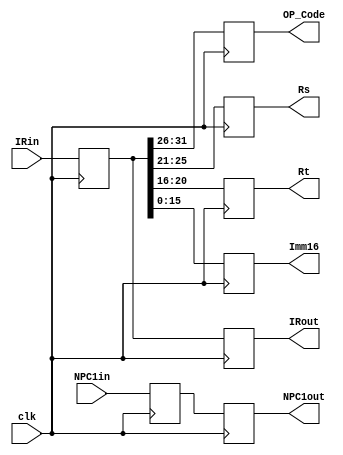
`timescale 1ns/1ps
module FIID (
    input clk,
    input [31:0] NPC1in,
    input [31:0] IRin,
    output reg [31:0] IRout,
    output reg [31:0] NPC1out,
    output reg [5:0] OP_Code,
    output reg [4:0] Rs,
    output reg [4:0] Rt,
    // output reg [4:0] Rd,
    // output reg [4:0] Shamt,
    // output reg [5:0] Func,
    output reg [15:0] Imm16
    // output reg [25:0] Addr26
);
    reg [31:0] Inst;
    reg [31:0] NPC1;
    always @(posedge clk ) begin
        Inst <= IRin;
        IRout <= Inst;
        NPC1 <= NPC1in;
        NPC1out <= NPC1;
        OP_Code <= Inst[31:26];
        Rs <= Inst[25:21];
        Rt <= Inst[20:16];
        // Rd <= Inst[15:11];
        // Shamt <= Inst[10:6];
        // Func <= Inst[5:0];
        Imm16 <= Inst[15:0];
        // Addr26 <= Inst[25:0];
    end
endmodule